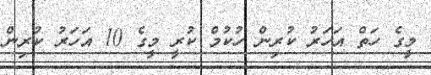
މީގެ ހަތް އަހަރު ކުރިން ހުކުމް ކުރީ މީގެ 10 އަހަރު ކުރިން